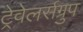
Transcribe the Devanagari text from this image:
ट्रेवेलर्सग्रुप